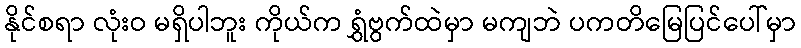
နိုင်စရာ လုံးဝ မရှိပါဘူး ကိုယ်က ရွှံဗွက်ထဲမှာ မကျဘဲ ပကတိမြေပြင်ပေါ်မှာ